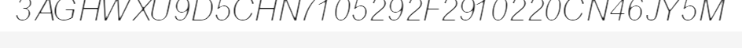
3AGHWXU9D5CHN7105292F2910220CN46JY5M